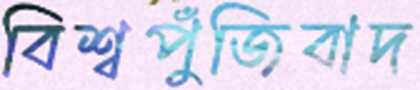
বিশ্বপুঁজিবাদ